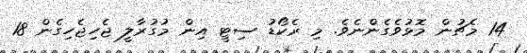
14 މެޗުން މޮޅުވެގެންނެވެ. މި ރެކޯޑު ސިޓީ އިން މުގުރާލީ ޖެހިޖެހިގެން 18